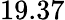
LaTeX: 19.37